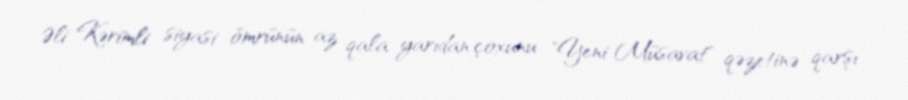
Əli Kərimli siyasi ömrünün az qala yarıdan çoxunu "Yeni Müsavat" qəzetinə qarşı